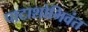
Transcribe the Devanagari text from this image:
पाटाशोभिवंत